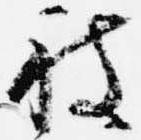
被